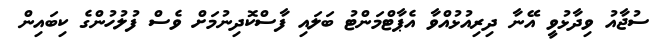
ސުޖާއު ވިދާޅުވީ އޭނާ ދިރިއުޅުއްވާ އެޕާޓްމަންޓު ބަލައި ފާސްކޮދިނުމަށް ވެސް ފުލުހުންގެ ކިބައިން